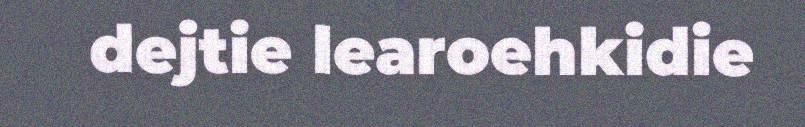
dejtie learoehkidie